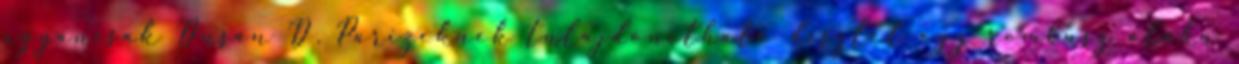
ugyancsak Dušan D. Parižeknek tulajdonítható díszlet egy rombusz alakú